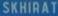
SKHIRAT